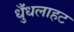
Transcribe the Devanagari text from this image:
धुँधलाहट